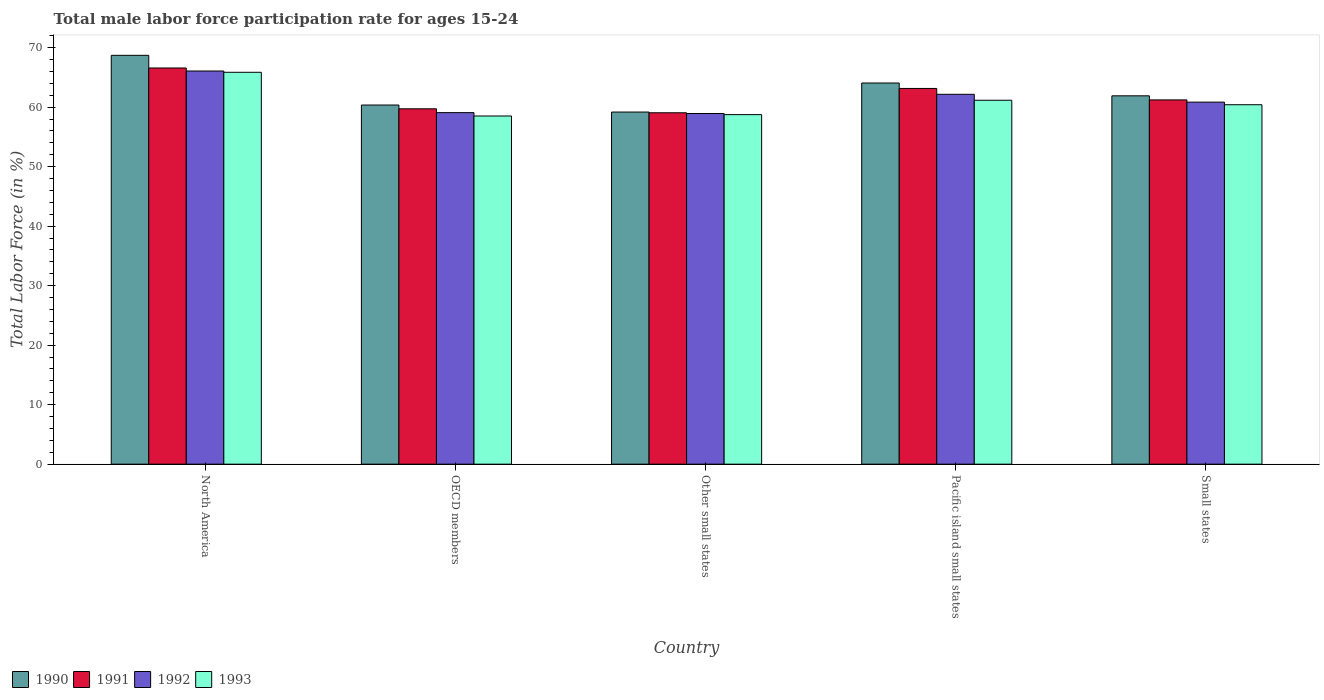
| Country | 1990 | 1991 | 1992 | 1993 |
 | --- | --- | --- | --- | --- |
 | North America | 68.7 | 66.6 | 66.1 | 65.9 |
 | OECD members | 60.4 | 59.7 | 59.1 | 58.5 |
 | Other small states | 59.2 | 59.1 | 58.9 | 58.7 |
 | Pacific island small states | 64.1 | 63.1 | 62.2 | 61.2 |
 | Small states | 61.9 | 61.2 | 60.8 | 60.4 |